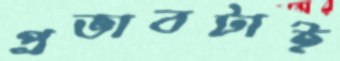
প্রভাবটাই